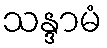
သန္ဒာမံ